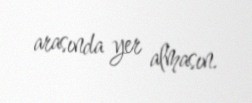
arasında yer almasın.